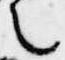
之